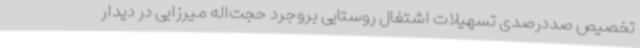
تخصیص صددرصدی تسهیلات اشتغال روستایی بروجرد حجت‌اله میرزایی در دیدار